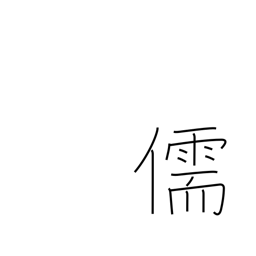
Meaning: Confucian